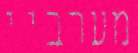
מערביי